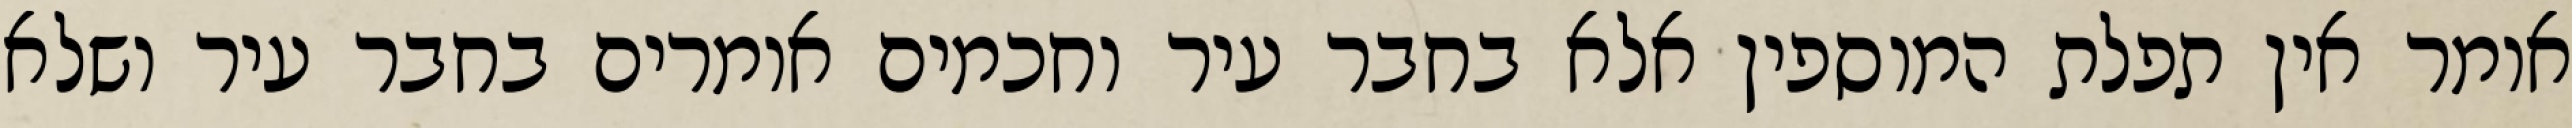
אומר אין תפלת המוספין אלא בחבר עיר וחכמים אומרים בחבר עיר ושלא